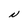
Character: N